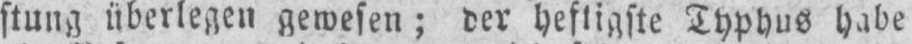
stung überlegen gewesen; der heftigste Typhus habe